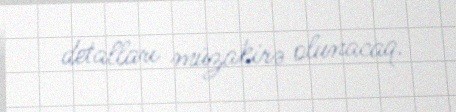
detalları müzakirə olunacaq.